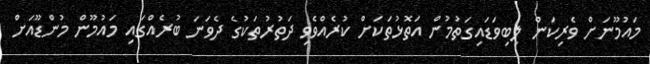
މައުމޫނަށް ވެރިކަން ލިބިވަޑައިގަތުމުން އަތޮޅުތަކަށް ކުރެއްވެވި ދަތުރުތަކުގެ ދެވަނަ ބުރެއްގައި މައުމޫން މުންޑޫއަށް